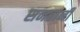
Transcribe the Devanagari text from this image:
सनवानी